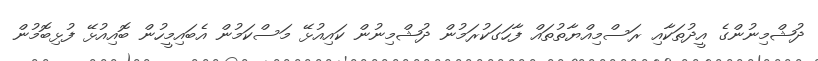
ދުޝްމިނުންގެ އީދުތަކާއި ރަސްމިއްޔާތުތައް ފާހަގަކުރަމުން ދުޝްމިނުން ކައިއުޅޭ މަސްކަމުން އެބައިމީހުން ބޮއިއުޅޭ ފުޅިބޮމުން